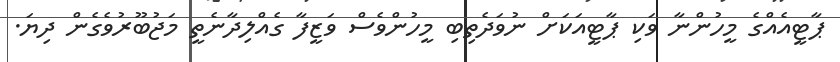
ޕާޓީއެއްގެ މީހުންނާ ވަކި ޕާޓީއަކަށް ނުވަދެތިބި މީހުންވެސް ވަޒީފާ ގެއްލިދާނެތީ މަޖުބޫރުވެގެން ދިޔަ.